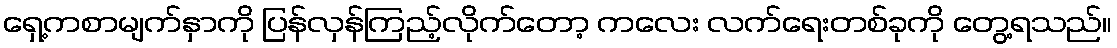
ရှေ့ကစာမျက်နှာကို ပြန်လှန်ကြည့်လိုက်တော့ ကလေး လက်ရေးတစ်ခုကို တွေ့ရသည်။